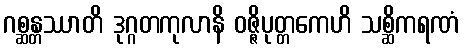
ဂစ္ဆန္တဿာတိ ဒုဂ္ဂတကုလာနိ ဝဇ္ဇိပုတ္တကေဟိ သစ္ဆိကရဏံ